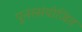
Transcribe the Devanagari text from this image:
पुनस्संयोजित